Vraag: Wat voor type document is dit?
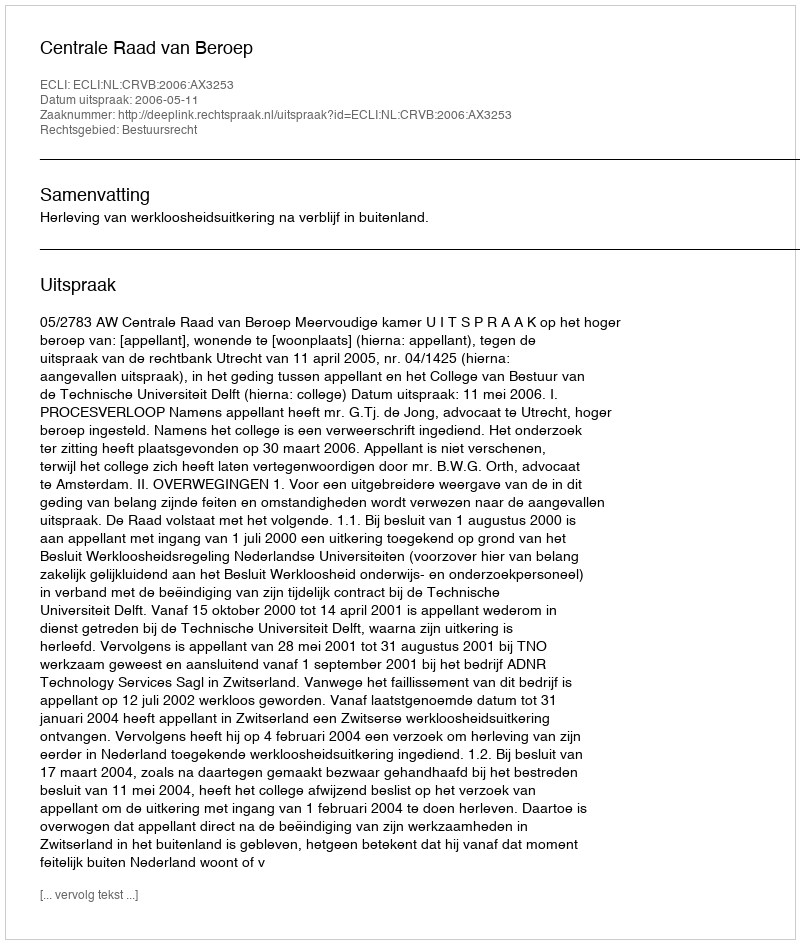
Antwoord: Uitspraak